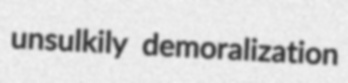
unsulkily demoralization